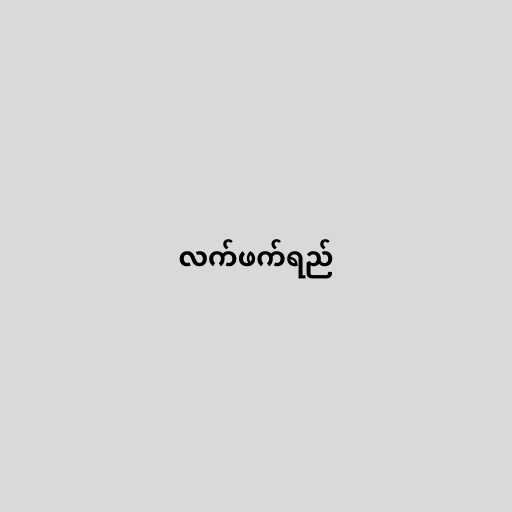
လက်ဖက်ရည်